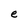
Character: e